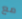
مع